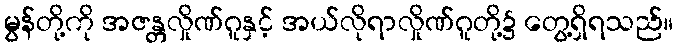
မွန်တို့ကို အဇန္တလှိုဏ်ဂူနှင့် အယ်လိုရာလှိုဏ်ဂူတို့၌ တွေ့ရှိရသည်။